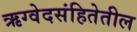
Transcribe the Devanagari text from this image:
ऋग्वेदसंहितेतील